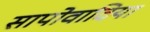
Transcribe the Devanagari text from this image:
सापोवादिया